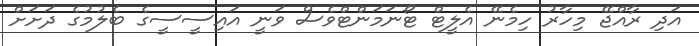
އަދި ރާއްޖޭ މިހާރު ހިމެނޭ އެލީޓް ޓޯނަމަންޓްވެސް ވަނީ އައިސީސީގެ ބެލުމުގެ ދަށަށް